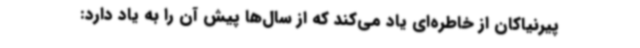
پیرنیاکان از خاطره‌ای یاد می‌کند که از سال‌ها پیش آن را به یاد دارد: